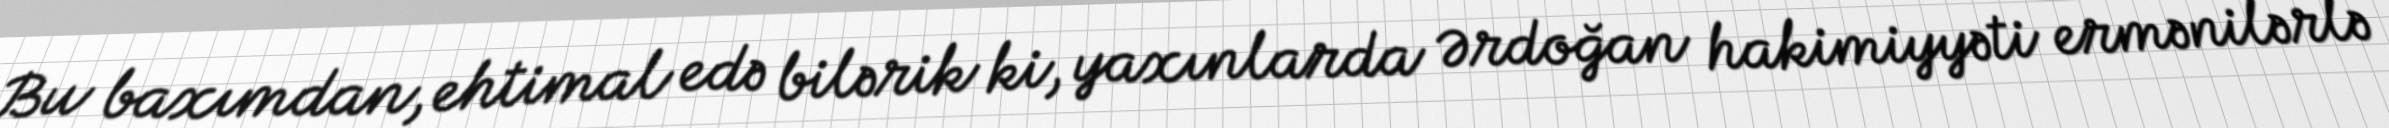
Bu baxımdan, ehtimal edə bilərik ki, yaxınlarda Ərdoğan hakimiyyəti ermənilərlə